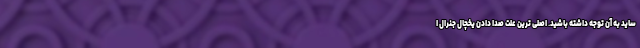
ساید به آن توجه داشته باشید. اصلی ترین علت صدا دادن یخچال جنرال ا